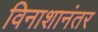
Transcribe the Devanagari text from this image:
विनाशानंतर